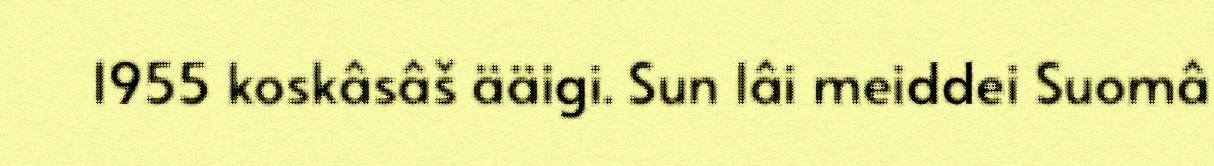
1955 koskâsâš ääigi. Sun lâi meiddei Suomâ